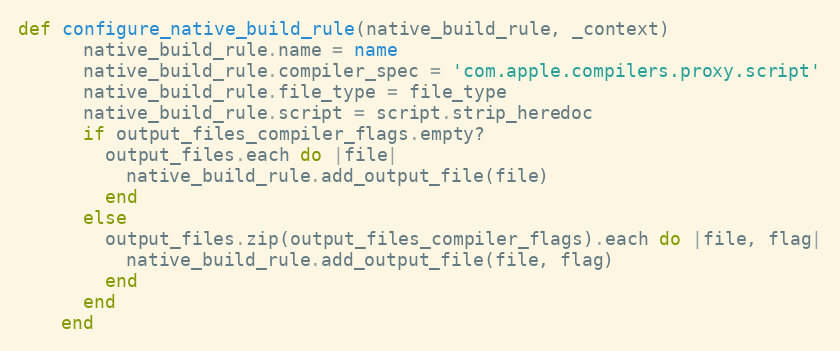
Language: Ruby
def configure_native_build_rule(native_build_rule, _context)
      native_build_rule.name = name
      native_build_rule.compiler_spec = 'com.apple.compilers.proxy.script'
      native_build_rule.file_type = file_type
      native_build_rule.script = script.strip_heredoc
      if output_files_compiler_flags.empty?
        output_files.each do |file|
          native_build_rule.add_output_file(file)
        end
      else
        output_files.zip(output_files_compiler_flags).each do |file, flag|
          native_build_rule.add_output_file(file, flag)
        end
      end
    end